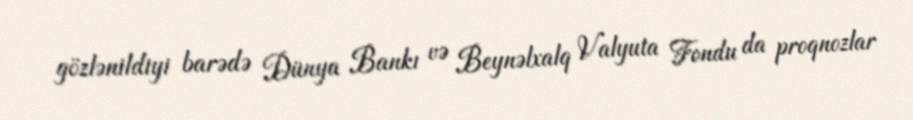
gözlənildiyi barədə Dünya Bankı və Beynəlxalq Valyuta Fondu da proqnozlar